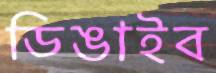
ডিঙাইব